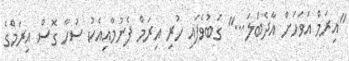
"އިރަމް އަވަހަށް އާދެބަލަ..." ގަބުވެފައި ހުރި އިރަމް ފެނުމާއިއެކު ސުހާ ގޮސް އިރަމްގެ